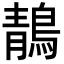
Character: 鶄